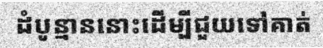
ដំបូន្មាននោះដើម្បីជួយទៅគាត់